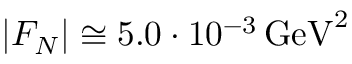
| F _ { N } | \cong 5 . 0 \cdot 1 0 ^ { - 3 } \, \mathrm { G e V } ^ { 2 }